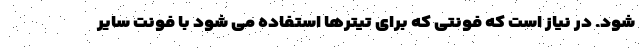
شود. در نیاز است که فونتی که برای تیترها استفاده می شود با فونت سایر